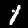
Digit: 1